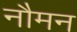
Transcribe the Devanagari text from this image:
नौमन